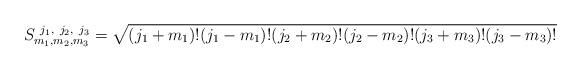
LaTeX: \begin{align*}S_{m_{1},m_{2},m_{3}}^{\ j_{1},\ j_{2},\ j_{3}}=\sqrt{(j_{1}+m_{1})!(j_{1}-m_{1})!(j_{2}+m_{2})!(j_{2}-m_{2})!(j_{3}+m_{3})!(j_{3}-m_{3})!}\ \ \end{align*}